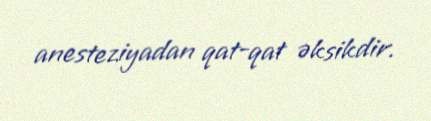
anesteziyadan qat-qat əksikdir.